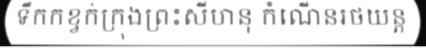
ទឹកកខ្វក់ក្រុងព្រះសីហនុ កំណើនរថយន្ត